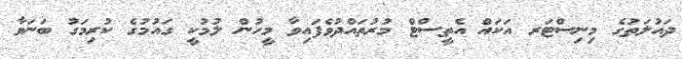
ދައުލަތުގެ މިނިސްޓަރ އަކައް އެތީސްޓް މުރުތައްދުވެފައިވާ މީހުން ލުމުކީ ގައުމުގެ ކުރިމަގު ބަނަވާ